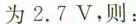
为2.7V，则：